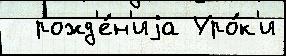
  рожд'е́н'иjа Уро́к'и